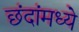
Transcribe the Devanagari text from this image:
छंदांमध्ये